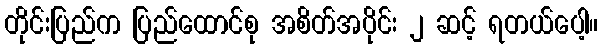
တိုင်းပြည်က ပြည်ထောင်စု အစိတ်အပိုင်း ၂ ဆင့် ရတယ်ပေါ့။